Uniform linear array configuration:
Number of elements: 16
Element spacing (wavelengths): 1
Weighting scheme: kaiser
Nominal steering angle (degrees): -45
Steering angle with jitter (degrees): -45.822
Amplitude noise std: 0.05
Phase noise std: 0.05

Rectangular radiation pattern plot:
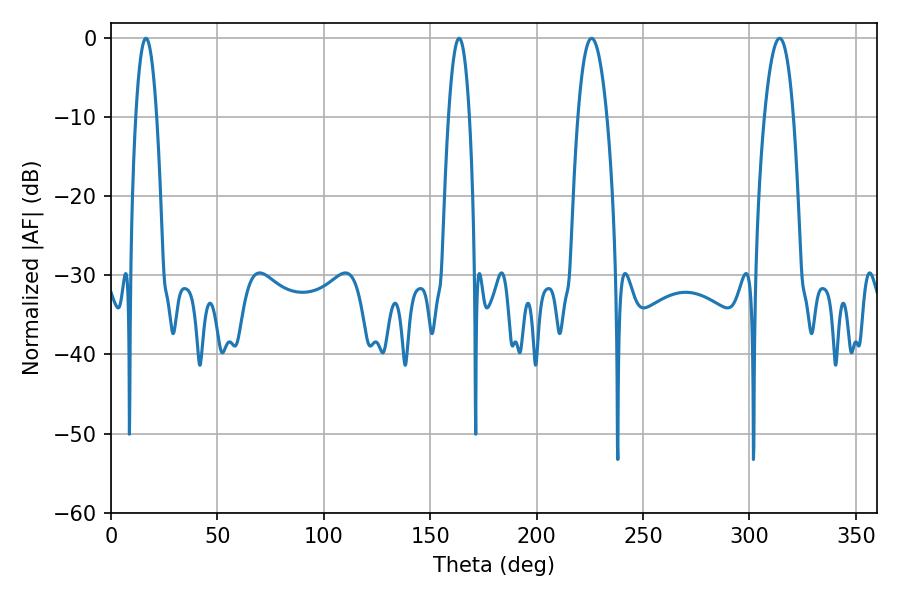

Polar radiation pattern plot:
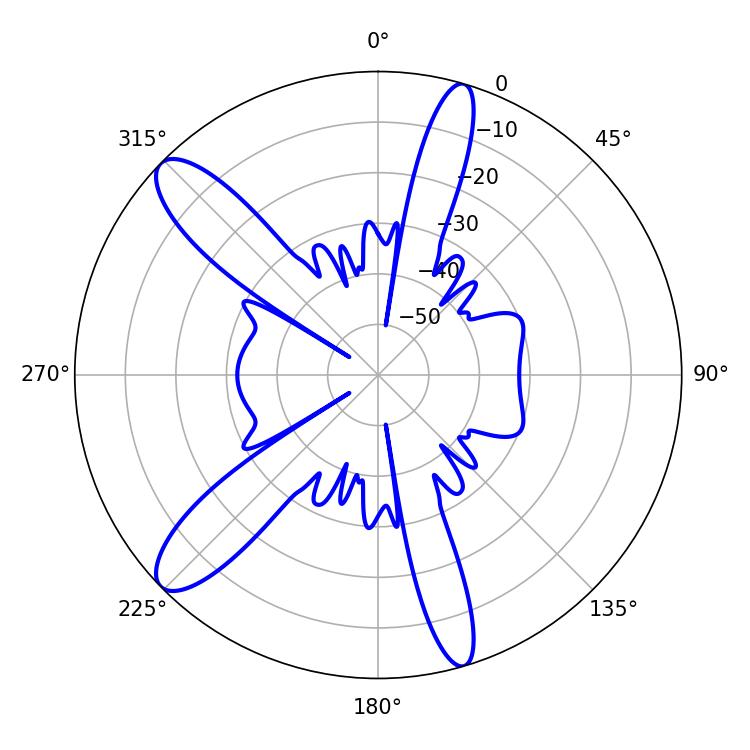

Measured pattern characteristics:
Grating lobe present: TRUE
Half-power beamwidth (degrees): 5.4
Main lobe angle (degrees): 16.38